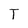
Character: T